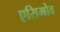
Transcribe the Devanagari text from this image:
एसिमोव